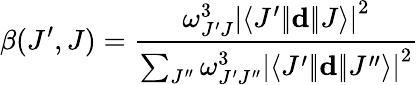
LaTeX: \beta(J^{\prime},J)=\frac{\omega_{J^{\prime}J}^{3}\left|\langle J^{\prime}|\! |\mathbf{d}|\! |J\rangle\right|^{2}}{\sum_{J^{\prime\prime}}\omega_{J^{\prime}J^{\prime\prime}}^{3}\left|\langle J^{\prime}|\! |\mathbf{d}|\! |J^{\prime\prime}\rangle\right|^{2}}